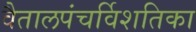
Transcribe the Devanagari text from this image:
वैतालपंचर्विशतिका